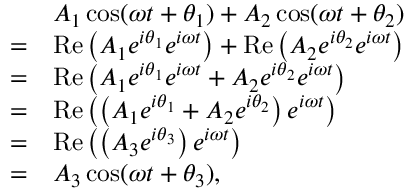
{ \begin{array} { r l } & { A _ { 1 } \cos ( \omega t + \theta _ { 1 } ) + A _ { 2 } \cos ( \omega t + \theta _ { 2 } ) } \\ { = } & { \operatorname { R e } \left( A _ { 1 } e ^ { i \theta _ { 1 } } e ^ { i \omega t } \right) + \operatorname { R e } \left( A _ { 2 } e ^ { i \theta _ { 2 } } e ^ { i \omega t } \right) } \\ { = } & { \operatorname { R e } \left( A _ { 1 } e ^ { i \theta _ { 1 } } e ^ { i \omega t } + A _ { 2 } e ^ { i \theta _ { 2 } } e ^ { i \omega t } \right) } \\ { = } & { \operatorname { R e } \left( \left( A _ { 1 } e ^ { i \theta _ { 1 } } + A _ { 2 } e ^ { i \theta _ { 2 } } \right) e ^ { i \omega t } \right) } \\ { = } & { \operatorname { R e } \left( \left( A _ { 3 } e ^ { i \theta _ { 3 } } \right) e ^ { i \omega t } \right) } \\ { = } & { A _ { 3 } \cos ( \omega t + \theta _ { 3 } ) , } \end{array} }